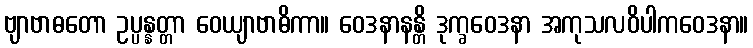
ဗျာဗာဓတော ဥပ္ပန္နတ္တာ ဝေယျာဗာဓိကာ။ ဝေဒနာနန္တိ ဒုက္ခဝေဒနာ အကုသလဝိပါကဝေဒနာ။